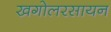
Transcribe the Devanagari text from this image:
खगोलरसायन